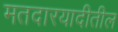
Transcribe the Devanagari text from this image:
मतदारयादीतील